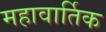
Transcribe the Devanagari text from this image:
महावार्तिक